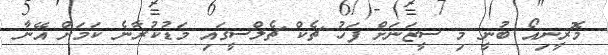
މޮރީނިއޯ ބުނީ މި ސީޒަނަށް ފަހު ޗެކް ޗެލްސީގައި މަޑުކުރާނެ ކަމަށް އޭނާ